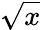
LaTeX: \sqrt{x}